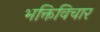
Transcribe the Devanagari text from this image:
भक्तिविचार